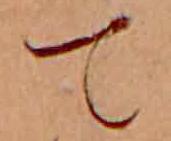
て